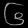
Digit: ၆